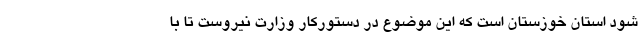
شود استان خوزستان است که این موضوع در دستورکار وزارت نیروست تا با